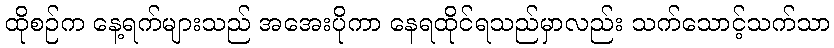
ထိုစဉ်က နေ့ရက်များသည် အအေးပိုကာ နေရထိုင်ရသည်မှာလည်း သက်သောင့်သက်သာ